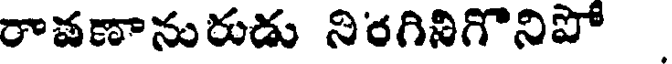
రావణానురుడు నిరగినిగొనిపో